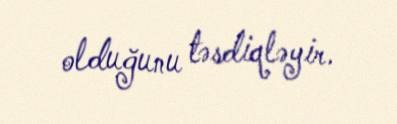
olduğunu təsdiqləyir.